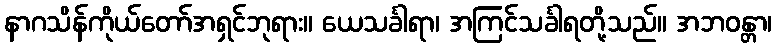
နာဂသိန်ကိုယ်တော်အရှင်ဘုရား။ ယေသင်္ခါရာ၊ အကြင်သင်္ခါရတို့သည်။ အဘဝန္တာ၊